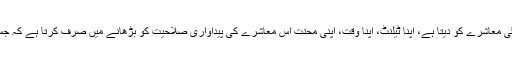
اپنی زندگی میں پیدا ہونے والا وہ بچہ، ریاست کے لیے مرتا ہے، مارتا ہے، اپنی جوانی اور اپنی زندگی معاشرے کو دیتا ہے، اپنا ٹیلنٹ، اپنا وقت، اپنی محنت اس معاشرے کی پیداواری صلاحیت کو بڑھانے میں صرف کرتا ہے کہ جس کی بنیاد پر وہ ریاست اور اس کی ذمہ داری میں چلنے والا معاشرہ بہتر سے بہتر ہوتا چلا جاتا ہے۔